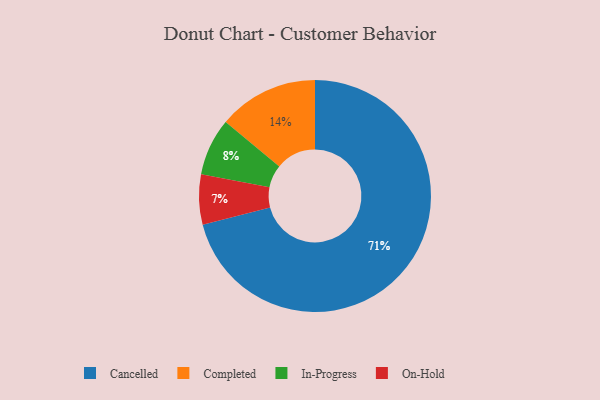
{"axis": {"x": "Category", "y": "Percentage"}, "legend": ["Cancelled", "Completed", "In-Progress", "On-Hold"], "data": [{"x": "Completed", "y": 14, "type": "Completed"}, {"x": "In-Progress", "y": 8, "type": "In-Progress"}, {"x": "On-Hold", "y": 7, "type": "On-Hold"}, {"x": "Cancelled", "y": 71, "type": "Cancelled"}]}